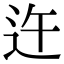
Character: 迕